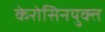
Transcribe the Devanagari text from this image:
केरोसिनयुक्त